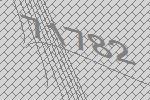
71782